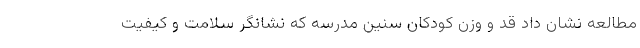
مطالعه نشان داد قد و وزن کودکان سنین مدرسه که نشانگر سلامت و کیفیت